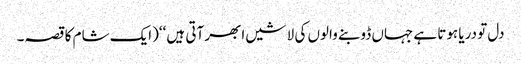
دل تو دریا ہوتا ہے جہاں ڈوبنے والوں کی لاشیں ابھر آتی ہیں ‘‘(ایک شام کا قصہ۔